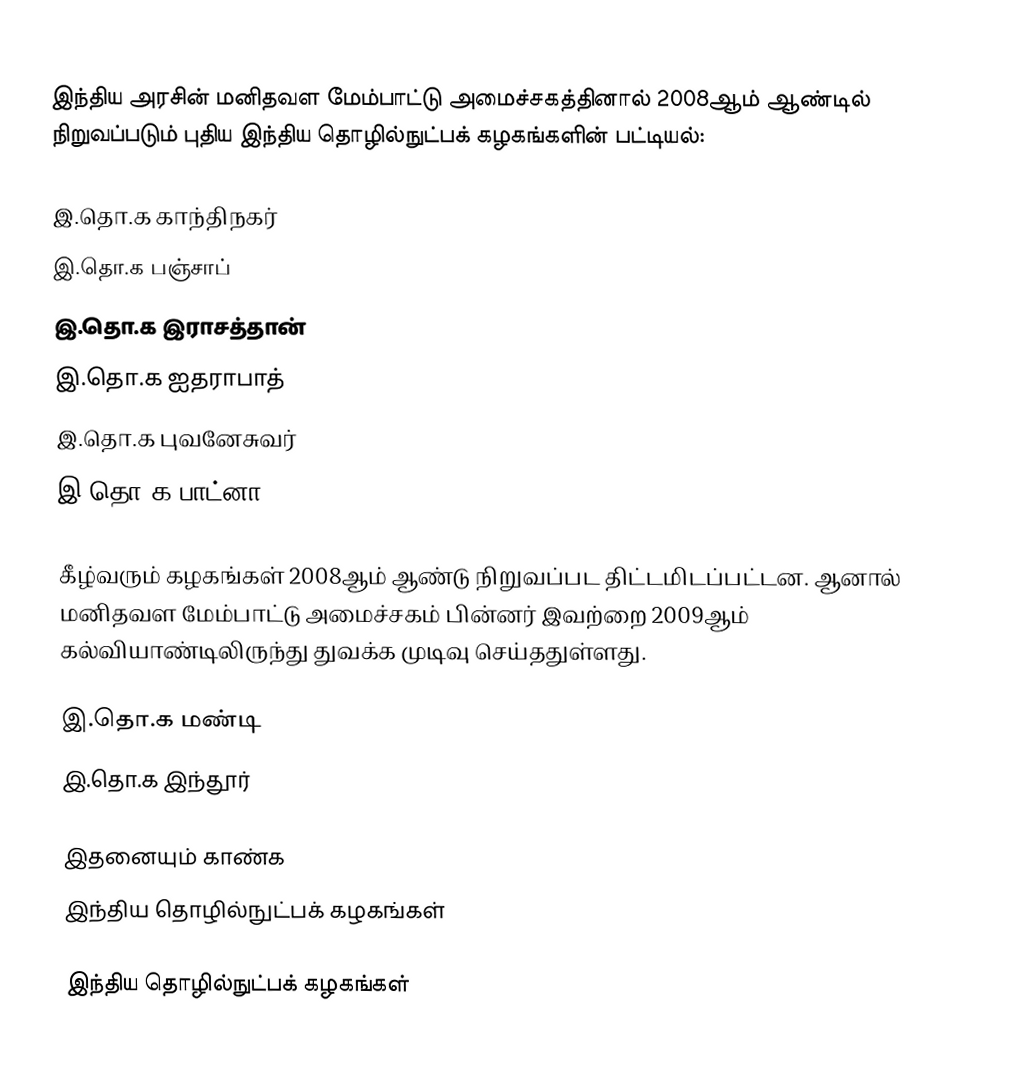
இந்திய அரசின் மனிதவள மேம்பாட்டு அமைச்சகத்தினால் 2008ஆம் ஆண்டில் நிறுவப்படும்  புதிய இந்திய தொழில்நுட்பக் கழகங்களின் பட்டியல்:

இ.தொ.க காந்திநகர்
இ.தொ.க பஞ்சாப்
இ.தொ.க இராசத்தான்
இ.தொ.க ஐதராபாத்
இ.தொ.க புவனேசுவர்
இ.தொ.க பாட்னா

கீழ்வரும் கழகங்கள் 2008ஆம் ஆண்டு நிறுவப்பட திட்டமிடப்பட்டன. ஆனால் மனிதவள மேம்பாட்டு அமைச்சகம் பின்னர் இவற்றை 2009ஆம் கல்வியாண்டிலிருந்து துவக்க முடிவு செய்ததுள்ளது.

இ.தொ.க மண்டி
இ.தொ.க இந்தூர்

இதனையும் காண்க
இந்திய தொழில்நுட்பக் கழகங்கள்

இந்திய தொழில்நுட்பக் கழகங்கள்